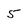
Character: 5